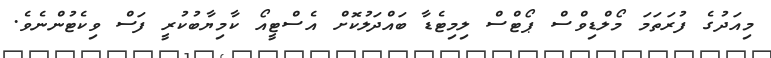
މިއަދުގެ ފުރަތަމަ މޯލްޑިވްސް ޕޯޓްސް ލިމިޓެޑާ ބައްދަލުކޮށް އެސްޓީއޯ ކާމިޔާބުކުރީ ފަސް ވިކެޓުންނެވެ.